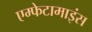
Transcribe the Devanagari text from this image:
एम्फेटामाइंस